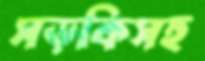
সড়কিসহ